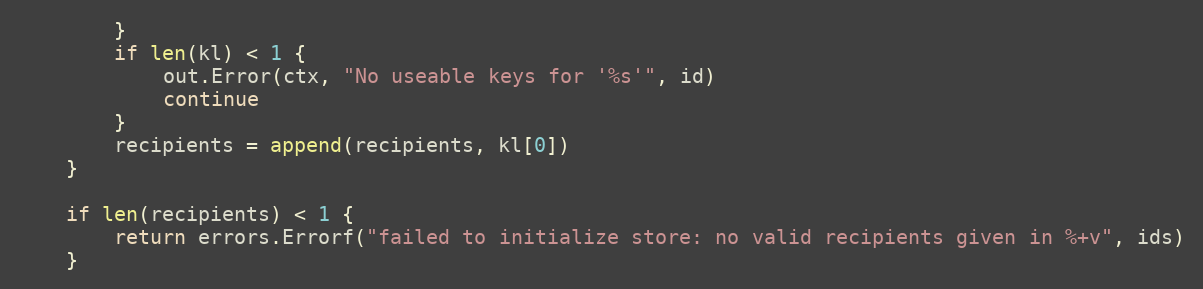
Language: Go
		}
		if len(kl) < 1 {
			out.Error(ctx, "No useable keys for '%s'", id)
			continue
		}
		recipients = append(recipients, kl[0])
	}

	if len(recipients) < 1 {
		return errors.Errorf("failed to initialize store: no valid recipients given in %+v", ids)
	}